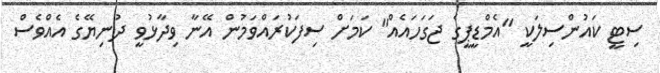
ސިޓީ ކައުންސިލަކީ "އެމްޑީޕީގެ ޖަގަހައެއް" ކަމަށް ސިފަކުރައްވަމުން އޭނާ ވިދާޅުވީ ދުނިޔޭގެ އެއްވެސް